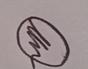
Signature authenticity: genuine